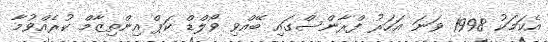
އެކަމަކު 1998 ވަނަ އަހަރު ފްރާންސްގައި ބޭއްވި ވޯލްޑް ކަޕް އިންތިޒާމް ކުރެއްވުމާ